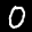
Label: 0